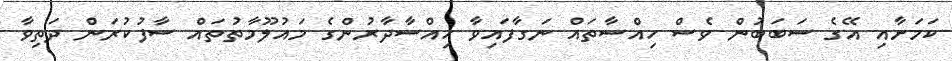
ކަމަށާއި އޭގެ ސަބަބުން ވެސް ހިއްސާތައް ނަގާފައިވާ ހިއްސާދާރުންގެ މައުލޫމާތުތައް ސާފުކުރަން ދަތިވާ